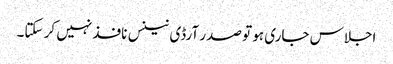
اجلاس جاری ہو تو صدر آرڈی نینس نافذ نہیں کر سکتا۔